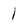
Character: 1